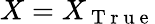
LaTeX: X=X_{\mathrm{~T~r~u~e~}}